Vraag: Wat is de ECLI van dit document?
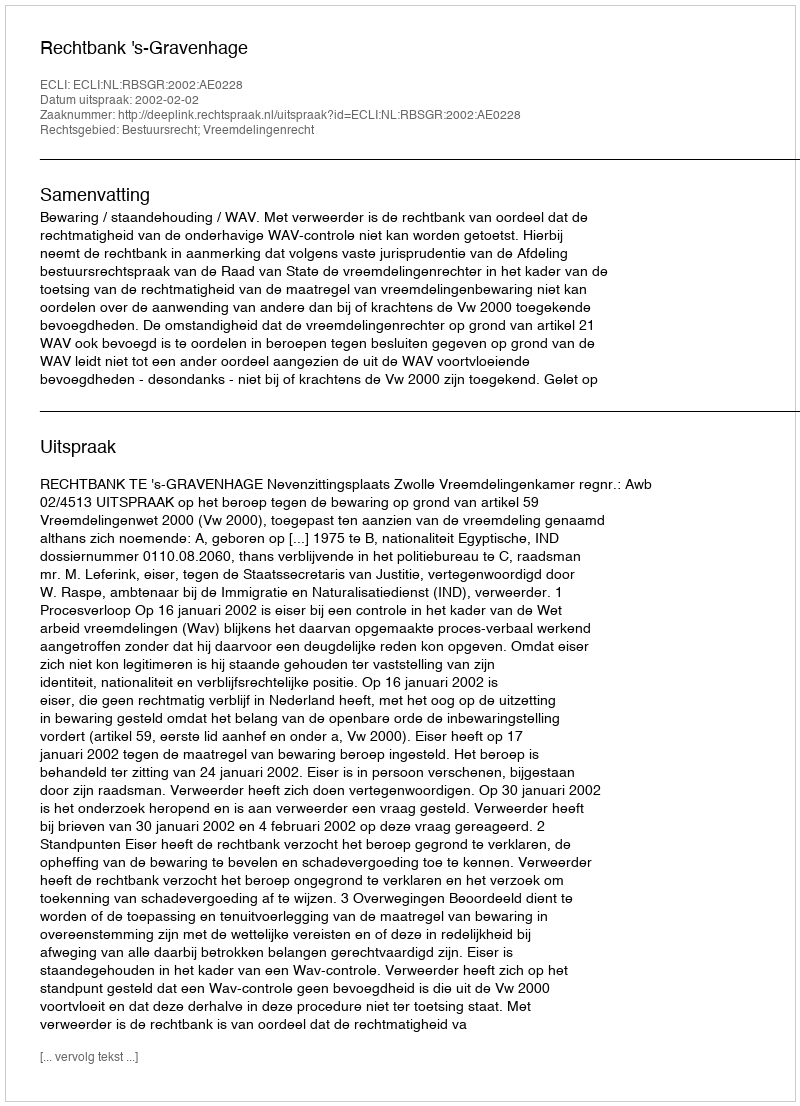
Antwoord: ECLI:NL:RBSGR:2002:AE0228